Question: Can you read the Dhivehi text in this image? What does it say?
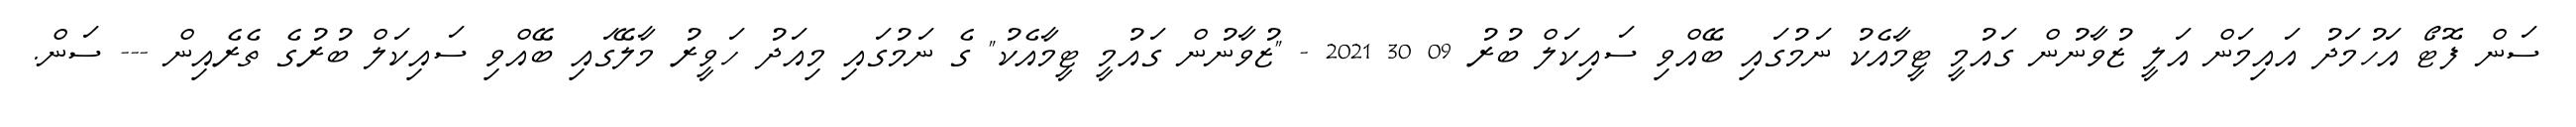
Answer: ސަން ފޮޓޯ އަހުމަދު އައިމަން އަލީ ޒުވާނުން ގައުމީ ޓީމާއެކު ނަމުގައި ބޭއްވި ސައިކަލް ބުރު 09 30 2021 - "ޒުވާނުން ގައުމީ ޓީމާއެކު" ގެ ނަމުގައި މިއަދު ހަވީރު މާލޭގައި ބޭއްވި ސައިކަލް ބުރުގެ ތެރެއިން --- ސަން.